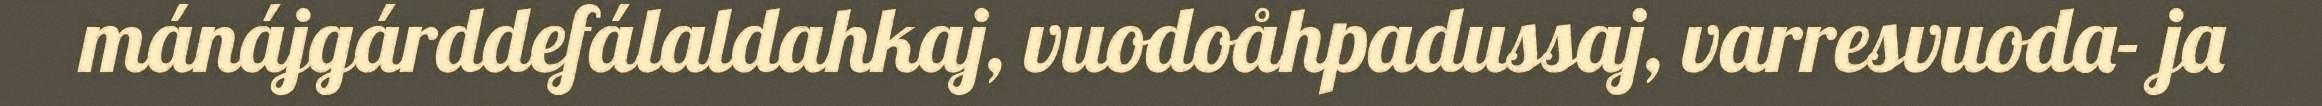
mánájgárddefálaldahkaj, vuodoåhpadussaj, varresvuoda- ja